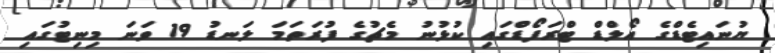
ޔުނައިޓެޑްގެ އޯލްޑް ޓްރަފޯޑްގައި ކުޅުނު މެޗުގެ ފުރަތަމަ ލަނޑު 19 ވަނަ މިނިޓުގައި